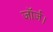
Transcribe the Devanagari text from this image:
जॉर्ज।